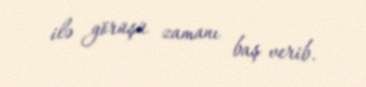
ilə görüşü zamanı baş verib.